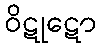
ဝိဋုဋော